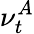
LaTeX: \nu_{t}^{A}